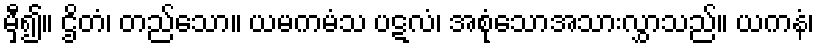
မှီ၍။ ဌိတံ၊ တည်သော။ ယမကမံသ ပဋလံ၊ အစုံသောအသားလွှာသည်။ ယကနံ၊